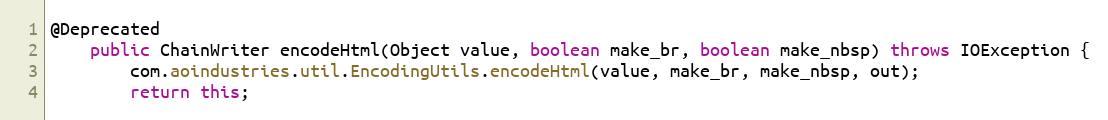
Language: Java
@Deprecated
	public ChainWriter encodeHtml(Object value, boolean make_br, boolean make_nbsp) throws IOException {
		com.aoindustries.util.EncodingUtils.encodeHtml(value, make_br, make_nbsp, out);
		return this;